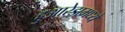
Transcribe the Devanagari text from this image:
हुआरेझमध्ये